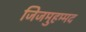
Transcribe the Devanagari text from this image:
जिजमुहम्मद